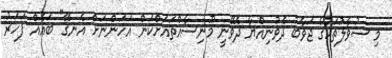
މި ސުވާލުތަކުގެ ޖަވާބު ދެވުނިއްޔާ ދެވޭނީ މޫނިސާއްތައަށްކަން އަހަންނަށް އެނގޭ" ބައެއް ފަހަރު